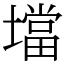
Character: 壋